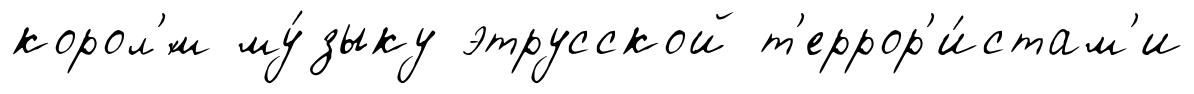
корол'́м му́зыку этрусской т'еррор'и́стам'и